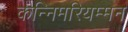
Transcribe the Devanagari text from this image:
कन्निमरियम्मन